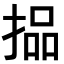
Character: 𪮐